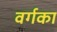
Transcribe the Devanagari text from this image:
वर्गका